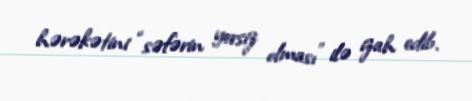
hərəkətini “səfərin yersiz olması” ilə izah edib.